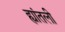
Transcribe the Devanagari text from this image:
ह्यांतली